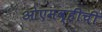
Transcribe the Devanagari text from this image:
ओएमव्हीची